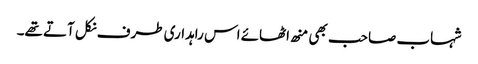
شہاب صاحب بھی منھ اٹھائے اس راہداری طرف نکل آتے تھے۔